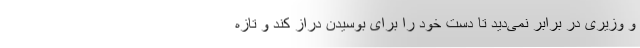
و وزیری در برابر نمی‌دید تا دست خود را برای بوسیدن دراز کند و تازه